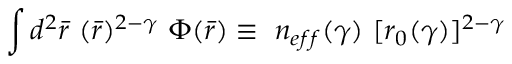
\int d ^ { 2 } { \bar { r } } \ ( { \bar { r } } ) ^ { 2 - \gamma } \ \Phi ( { \bar { r } } ) \equiv \ n _ { e f f } ( \gamma ) \ [ r _ { 0 } ( \gamma ) ] ^ { 2 - \gamma }